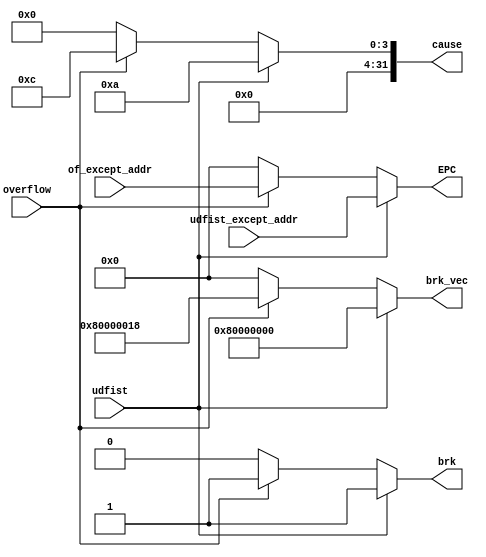
`timescale 1ns / 1ps
//////////////////////////////////////////////////////////////////////////////////
// Company: 
// Engineer: 
// 
// Design Name: 
// Module Name:    fault 
// Project Name: 
// Target Devices: 
// Tool versions: 
// Description: 
//
// Dependencies: 
//
// Revision: 
// Revision 0.01 - File Created
// Additional Comments: 
//
//////////////////////////////////////////////////////////////////////////////////
module fault(
    input overflow,
	 input udfist,
	 input [31:0] of_except_addr,
	 input [31:0] udfist_except_addr,
	 output reg [31:0] cause,
	 output reg [31:0] EPC,
	 output reg brk,
	 output reg [31:0] brk_vec
    );

	always@(*)
	begin
		if(udfist==1)
		begin
			cause=32'd10;
			EPC=udfist_except_addr;
			brk=1;
			brk_vec=32'h80000000;
		end
		else if(overflow==1)
		begin
			cause=32'd12;
			EPC=of_except_addr;
			brk=1;
			brk_vec=32'h80000018;
		end
		else
		begin
			cause=0;
			EPC=0;
			brk=0;
			brk_vec=0;
		end
	end
endmodule